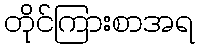
တိုင်ကြားစာအရ